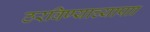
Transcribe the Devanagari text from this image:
ठरविण्याच्यापाा